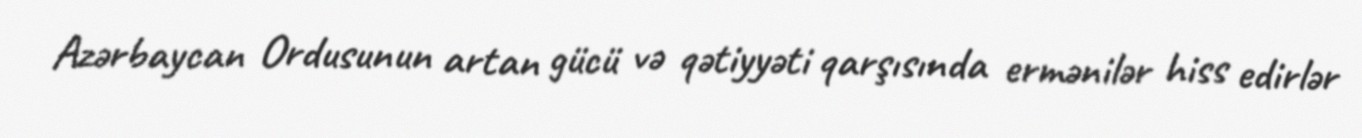
Azərbaycan Ordusunun artan gücü və qətiyyəti qarşısında ermənilər hiss edirlər